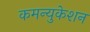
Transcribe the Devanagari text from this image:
कमन्युकेशन